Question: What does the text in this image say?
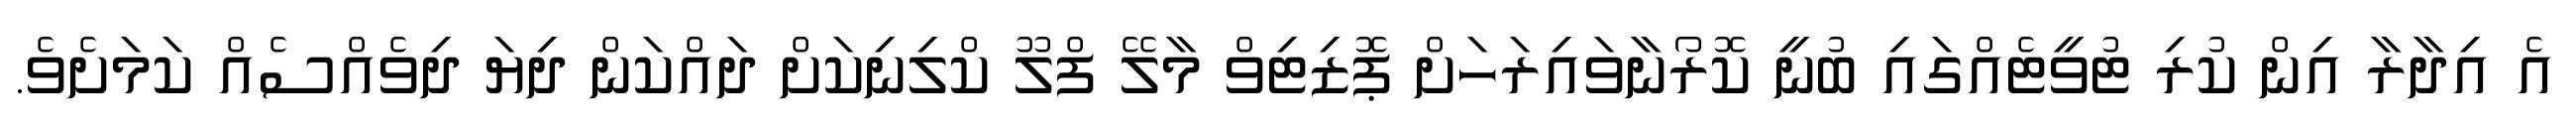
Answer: އެ އިދާރާ އިން ކުރި ޓުވީޓެއްގައި ބުނީ ކޮރޯނާވައިރަހަށް ޕޮޒިޓިވް މާލޭ ފްލޫ ކްލިނިކަށް ދައްކަން ދިޔަ ދިވެއްސެއް ކަމަށެވެ.